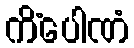
ကိံပေါဏံ